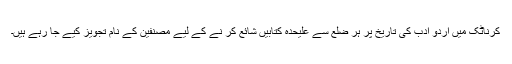
کرناٹک میں اردو ادب کی تاریخ پر ہر ضلع سے علیحدہ کتابیں شائع کر نے کے لیے مصنفین کے نام تجویز کیے جا رہے ہیں۔